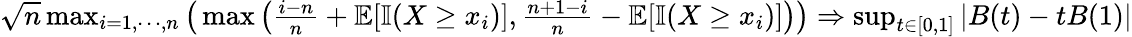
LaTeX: \begin{array}{r}{\sqrt{n}\operatorname*{max}_{i=1,\cdots,n}\big(\operatorname*{max}\big(\frac{i-n}{n}+\mathbb{E}[\mathbb{I}(X\geq x_{i})],\frac{n+1-i}{n}-\mathbb{E}[\mathbb{I}(X\geq x_{i})]\big)\big)\Rightarrow\operatorname*{sup}_{t\in[0,1]}|B(t)-tB(1)|}\end{array}